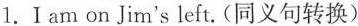
1. I am on Jim's left. (同义句转换)